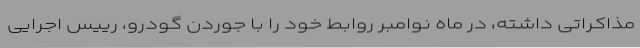
مذاکراتی داشته، در ماه نوامبر روابط خود را با جوردن گودرو، رییس اجرایی